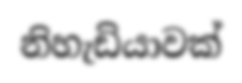
නිහැඩියාවක්